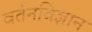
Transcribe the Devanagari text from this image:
वर्तनविज्ञान